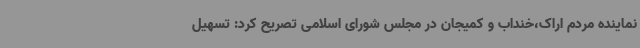
نماینده مردم اراک،خنداب و کمیجان در مجلس شورای اسلامی تصریح کرد: تسهیل